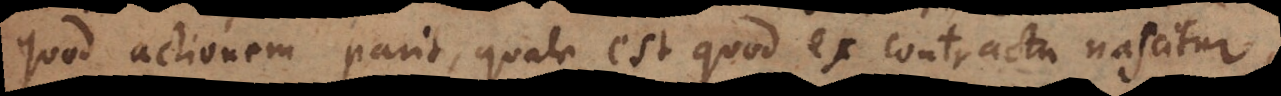
quod actionem parit, quale est quod ex contractu nascitur,